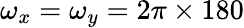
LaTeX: \omega_{x}=\omega_{y}=2\pi\times 180